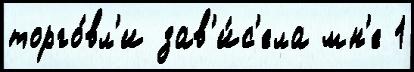
торго́вл'и зав'и́с'ела мн'е 1